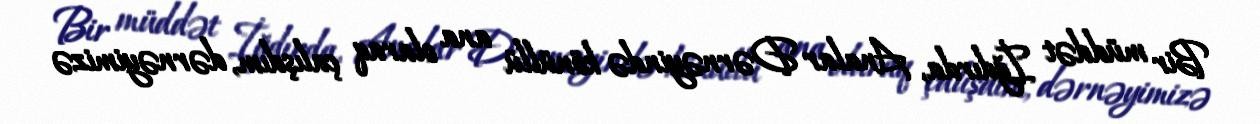
Bir müddət İğdırda, Analar Dərnəyində könüllü ana olaraq çalışdım, dərnəyimizə